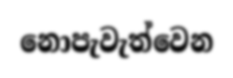
නොපැවැත්වෙන